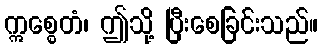
ဣစ္စေတံ၊ ဤသို့ ပြီးစေခြင်းသည်။